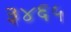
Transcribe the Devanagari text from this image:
३४६५